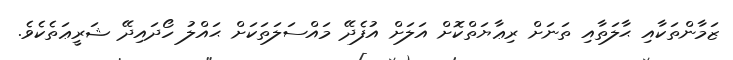
ޒަމާންތަކާއި ޙާލަތާއި ތަނަށް ރިޢާޔަތްކޮށް އަލަށް އުފެދޭ މައްސަލަތަކަށް ޙައްލު ހޯދައިދޭ ޝަރީޢަތެކެވެ.